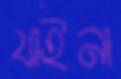
যাইনা